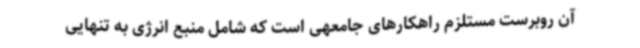
آن روبرست مستلزم راهکارهای جامعهی است که شامل منبع انرژی به تنهایی